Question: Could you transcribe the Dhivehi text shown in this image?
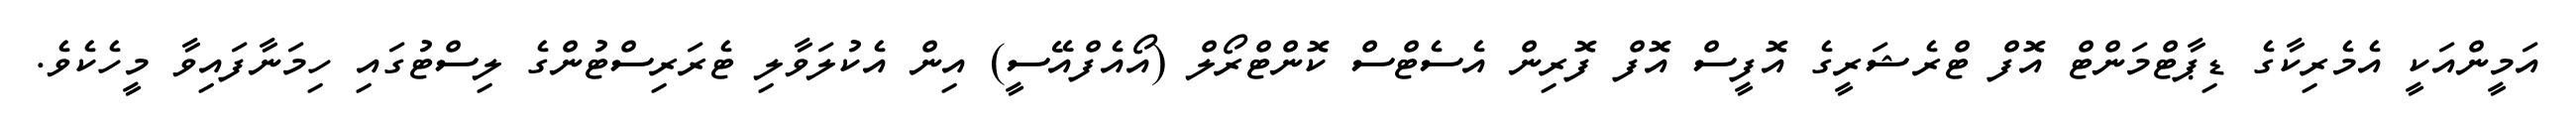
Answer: އަމީންއަކީ އެމެރިކާގެ ޑިޕާޓްމަންޓް އޮފް ޓްރެޝަރީގެ އޮފީސް އޮފް ފޮރިން އެސެޓްސް ކޮންޓްރޯލް (އޯއެފްއޭސީ) އިން އެކުލަވާލި ޓެރަރިސްޓުންގެ ލިސްޓުގައި ހިމަނާފައިވާ މީހެކެވެ.